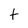
Character: t